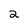
Character: 2